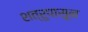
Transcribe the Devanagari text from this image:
शत्रुपासून